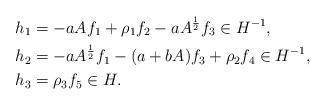
LaTeX: \begin{align*}h_1 &= -a A f_1 + \rho_1f_2 - a A^\frac12 f_3\in H^{-1}, \\h_2 &= -a A^\frac12f_1 - (a + bA) f_3 + \rho_2f_4\in H^{-1}, \\h_3 &= \rho_3f_5\in H.\end{align*}